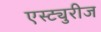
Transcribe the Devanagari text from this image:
एस्ट्युरीज